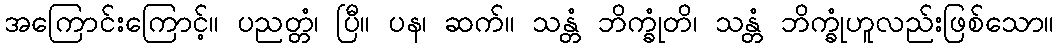
အကြောင်းကြောင့်။ ပညတ္တံ၊ ပြီ။ ပန၊ ဆက်။ သန္တံ ဘိက္ခုံတိ၊ သန္တံ ဘိက္ခုံဟူလည်းဖြစ်သော။